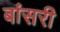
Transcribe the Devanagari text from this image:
बांसरी